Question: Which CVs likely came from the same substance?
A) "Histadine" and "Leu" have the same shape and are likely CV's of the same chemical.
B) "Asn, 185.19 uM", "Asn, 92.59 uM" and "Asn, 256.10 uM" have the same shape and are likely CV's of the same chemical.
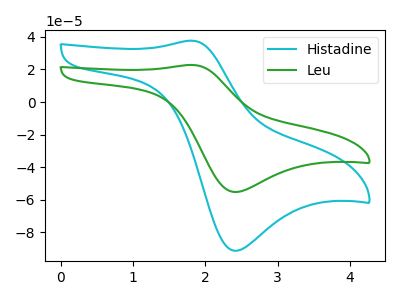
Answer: <think>The cyan curve "Histadine" has an anodic peak at (1.85V, 37.60uA) and a cathodic peak at (2.40V, -91.25uA). The green curve "Leu" has an anodic peak at (1.85V, 22.75uA) and a cathodic peak at (2.40V, -55.20uA).
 All the peaks in "Histadine" have a peak in "Leu" at the same potential. Every peak in "Histadine" is higher than every peak in "Leu".</think>
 <answer>A) "Histadine" and "Leu" have the same shape and are likely CV's of the same chemical.</answer>
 <eval>A</eval>